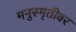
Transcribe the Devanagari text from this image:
मनुस्मृतीवर